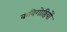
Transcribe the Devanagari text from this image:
कविगोष्ठियों